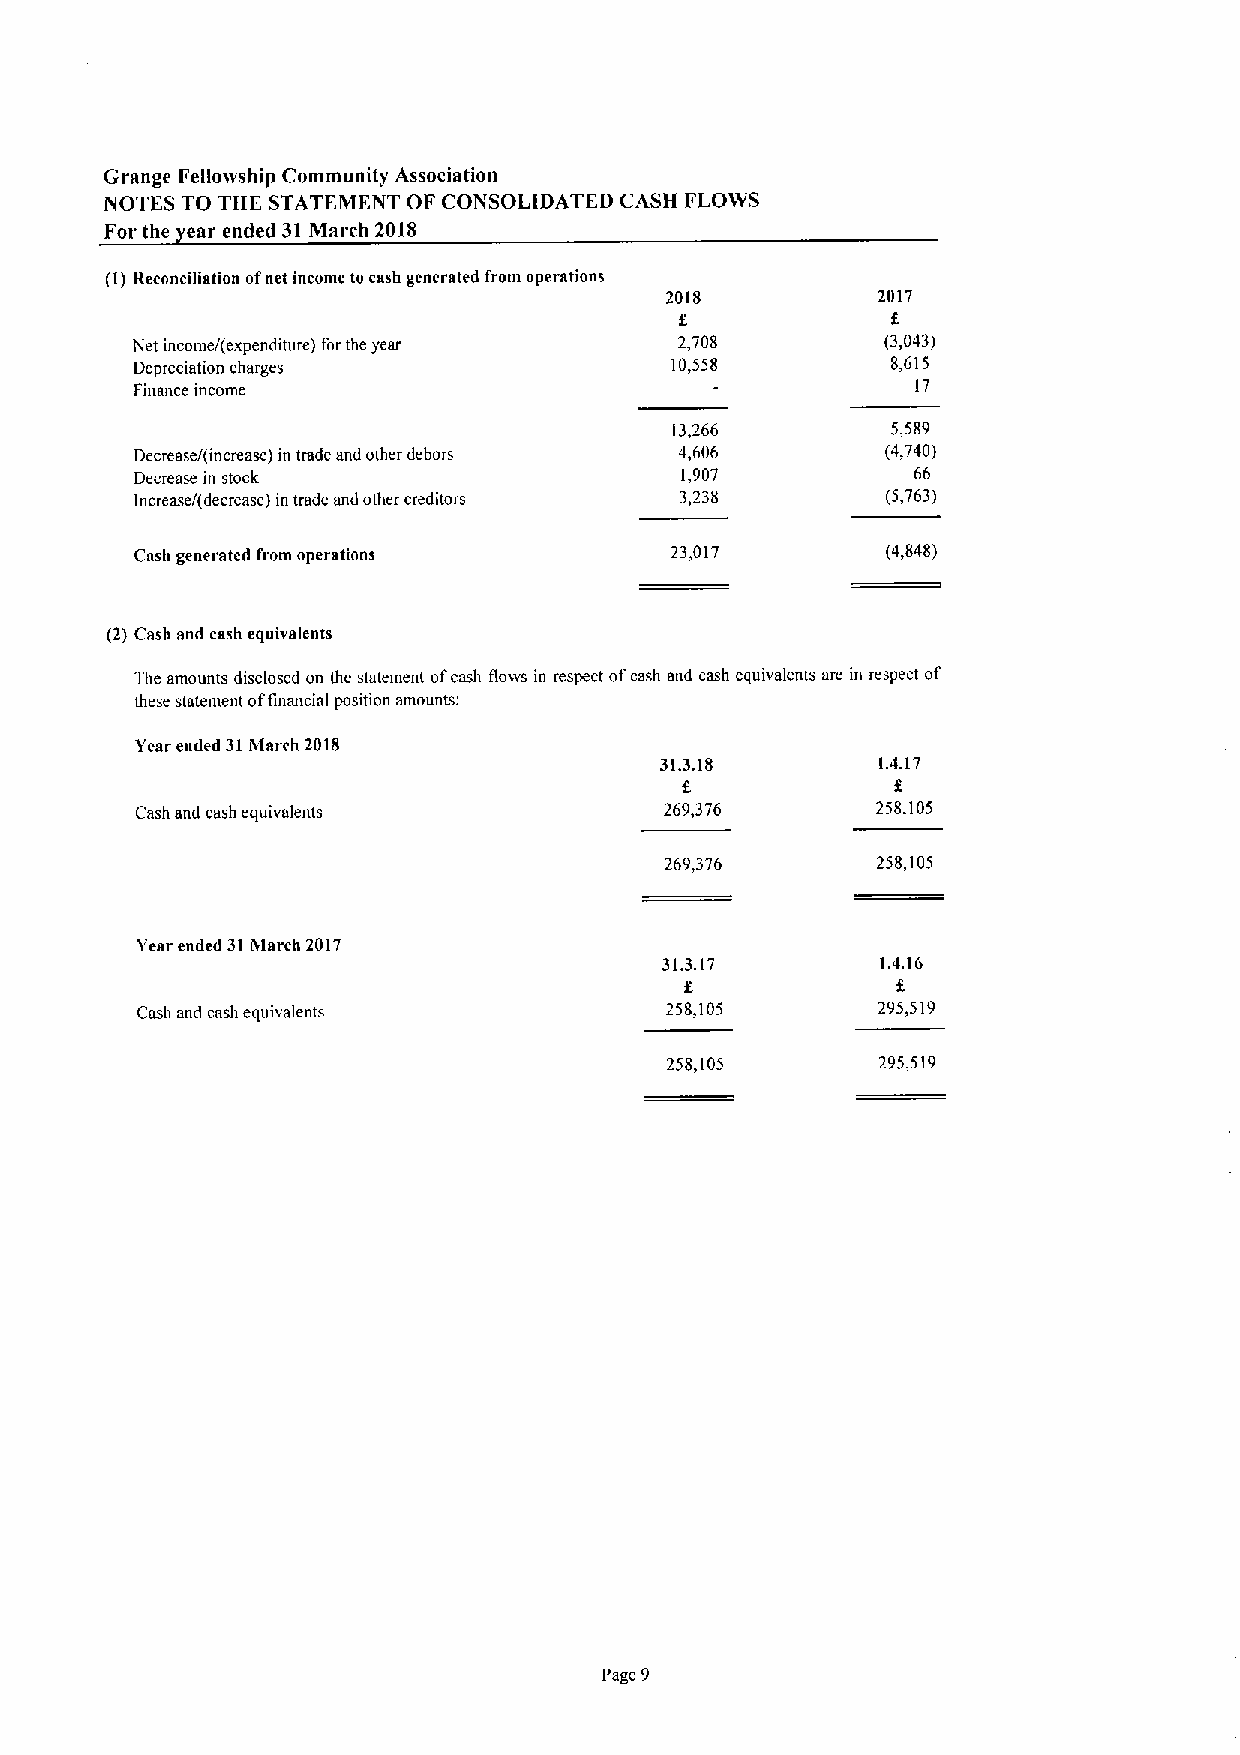
Grange Fellowship Community Association
 NOTES TO THE STATEMENT OF CONSOL(DATED CASH FLOWS
 For the ear ended 31March 201S
 (I) Reconcination ofnet income to cash generated from operations
 2018          2017
 f
 f.
 Net income/(expenditure) for the year 2,708       (3,043)
 Depreciation charges               10,558         8,615
 Pinmice income                                      17
 13,266         5,589
 Decrease/(increase) in trade and other dehors 4,606 (4,740)
 Decrease in stock                   1,907          66
 Increase/(decrease) in trade and other creditors 3,238 (5,763)
 Cash generated from operations     23,017         (4,848)
 (2) Cash and cash equivalents
 The amounts disclosed on the statement oi'cash flows in respect ofcash and cash equivalents are in respect of
 these statement offinancial position mnounts:
 Year ended 31March 2018
 31.3.18       1.4.17
 f             f
 Cash and cash equivalents          269,376       258,105
 269,376       258,105
 Year ended 31IVlarch 2017
 31.3.17       1.4.16
 f             f
 Cash and cash equivalents          258,105       295,519
 258,105       295,519
 Page 9